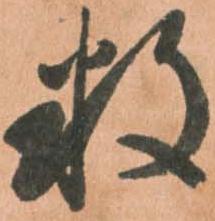
数